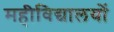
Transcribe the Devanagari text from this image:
महीविद्यालयों